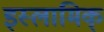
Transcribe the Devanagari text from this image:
इस्लामिक्